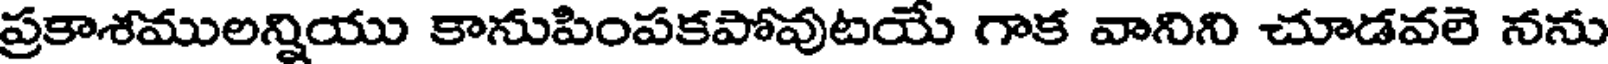
ప్రకాశములన్నియు కానుపింపకపోవుటయే గాక వానిని చూడవలె నను